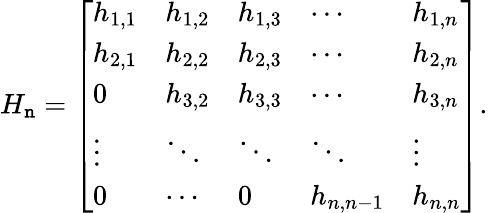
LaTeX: H_{\mathtt{n}}={\left[\begin{array}{lllll}{h_{1,1}}&{h_{1,2}}&{h_{1,3}}&{\cdots}&{h_{1,n}}\\ {h_{2,1}}&{h_{2,2}}&{h_{2,3}}&{\cdots}&{h_{2,n}}\\ {0}&{h_{3,2}}&{h_{3,3}}&{\cdots}&{h_{3,n}}\\ {\vdots}&{\ddots}&{\ddots}&{\ddots}&{\vdots}\\ {0}&{\cdots}&{0}&{h_{n,n-1}}&{h_{n,n}}\end{array}\right]}.